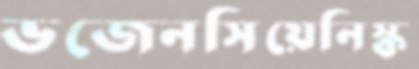
ভজেনসিয়েনিস্ক